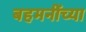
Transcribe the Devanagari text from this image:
बहमनींच्या